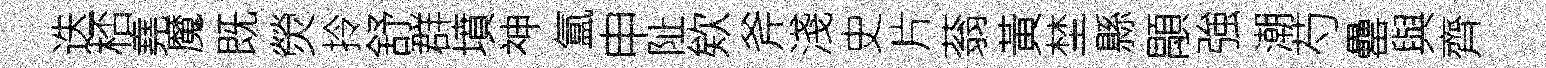
迭桮堯魔既熒拎舒群墳神氲申阯欸斧淺史片蓊黃埜縣顒強潮芍罍與齊